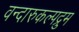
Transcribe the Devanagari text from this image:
वन्दारुकल्पद्रुम